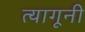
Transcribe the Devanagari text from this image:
त्यागूनी